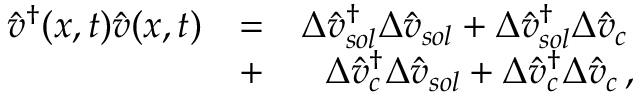
\begin{array} { r l r } { \hat { v } ^ { \dagger } ( x , t ) \hat { v } ( x , t ) } & { = } & { \Delta \hat { v } _ { s o l } ^ { \dagger } \Delta \hat { v } _ { s o l } + \Delta \hat { v } _ { s o l } ^ { \dagger } \Delta \hat { v } _ { c } \, } \\ & { + } & { \Delta \hat { v } _ { c } ^ { \dagger } \Delta \hat { v } _ { s o l } + \Delta \hat { v } _ { c } ^ { \dagger } \Delta \hat { v } _ { c } \, , } \end{array}